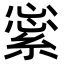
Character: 𦁞